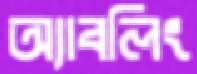
অ্যাবলিং